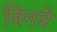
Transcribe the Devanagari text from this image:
विनये